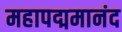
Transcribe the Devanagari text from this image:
महापद्ममानंद